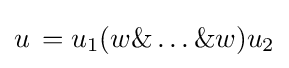
u\,=u_{1}(w\&\ldots \&w)u_{2}